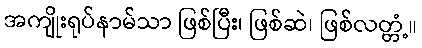
အကျိုးရုပ်နာမ်သာ ဖြစ်ပြီး၊ ဖြစ်ဆဲ၊ ဖြစ်လတ္တံ့။